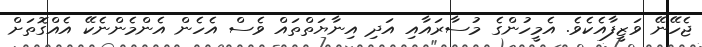
ޖެހޭނޭ ވަޒީފާއެކެވެ. އެމީހުންގެ މުސާރައާއި އަދި އިނާޔަތްތައް ވެސް އެހެން އެންމެންނެކޭ އެއްގޮތަށް